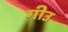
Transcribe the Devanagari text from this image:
गीउ